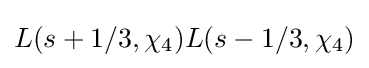
L(s+1/3,\chi _{4})L(s-1/3,\chi _{4})